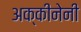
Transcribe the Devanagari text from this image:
अक्कीनेनी